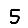
Digit: 5